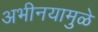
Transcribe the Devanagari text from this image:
अभीनयामुळे